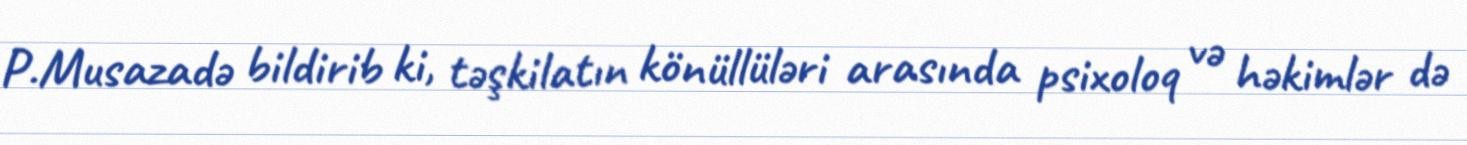
P.Musazadə bildirib ki, təşkilatın könüllüləri arasında psixoloq və həkimlər də